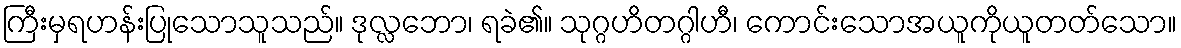
ကြီးမှရဟန်းပြုသောသူသည်။ ဒုလ္လဘော၊ ရခဲ၏။ သုဂ္ဂဟိတဂ္ဂါဟီ၊ ကောင်းသောအယူကိုယူတတ်သော။